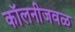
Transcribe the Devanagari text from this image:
कॉलनीजवळ